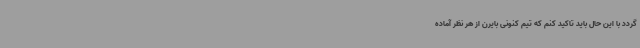
گردد با این حال باید تاکید کنم که تیم کنونی بایرن از هر نظر آماده